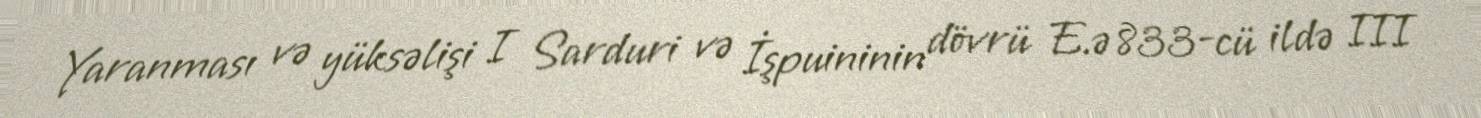
Yaranması və yüksəlişi I Sarduri və İşpuininin dövrü E.ə 833-cü ildə III